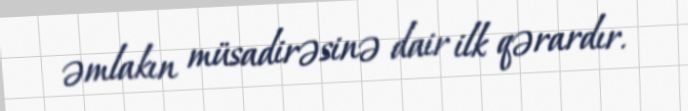
əmlakın müsadirəsinə dair ilk qərardır.